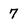
Character: 7